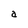
Character: a